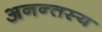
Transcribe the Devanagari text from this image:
अनन्तस्य